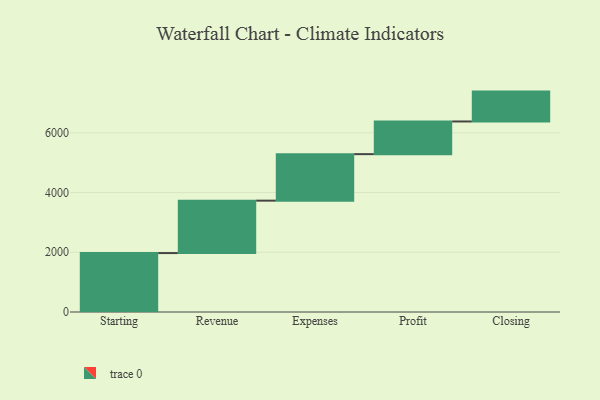
{"axis": {"x": "Step", "y": "Value"}, "legend": [""], "data": [{"x": "Starting", "y": 1973.0, "type": ""}, {"x": "Revenue", "y": 1755.0, "type": ""}, {"x": "Expenses", "y": 1557.0, "type": ""}, {"x": "Profit", "y": 1094.0, "type": ""}, {"x": "Closing", "y": 1000, "type": ""}]}